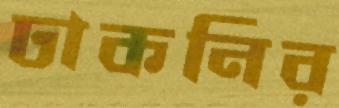
ঢাকনির